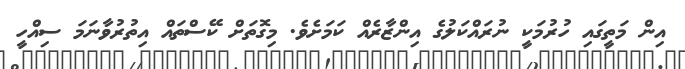
އިން މަތީގައި ހުރުމަކީ ނުރައްކަލުގެ އިންޒާރެއް ކަމަަށެވެ. މިގޮތަށް ކޭސްތައް އިތުރުވާނަމަ ސިއްހީ